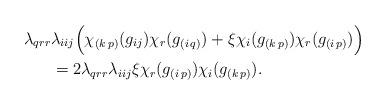
LaTeX: \begin{align*}\lambda_{qrr}&\lambda_{iij}\Big(\chi_{(k\,p)}(g_{ij})\chi_{r}(g_{(i\,q)})+\xi\chi_{i}(g_{(k\,p)})\chi_{r}(g_{(i\,p)})\Big)\\&=2\lambda_{qrr}\lambda_{iij}\xi\chi_{r}(g_{(i\,p)})\chi_{i}(g_{(k\,p)}).\end{align*}